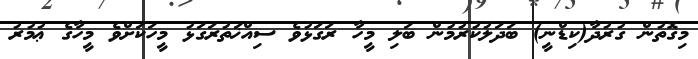
މިގޮތުން ގުރުދާ(ކިޑްނީ) ބަދަލުކުރުމުން ބަލި މީހާ ރަގަޅުވެ ސިއްޚަތުރަގަޅު މީހަކަށްވެ މީހާގެ ޢުމުރު